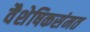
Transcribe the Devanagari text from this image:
वैशेषिकसंमत